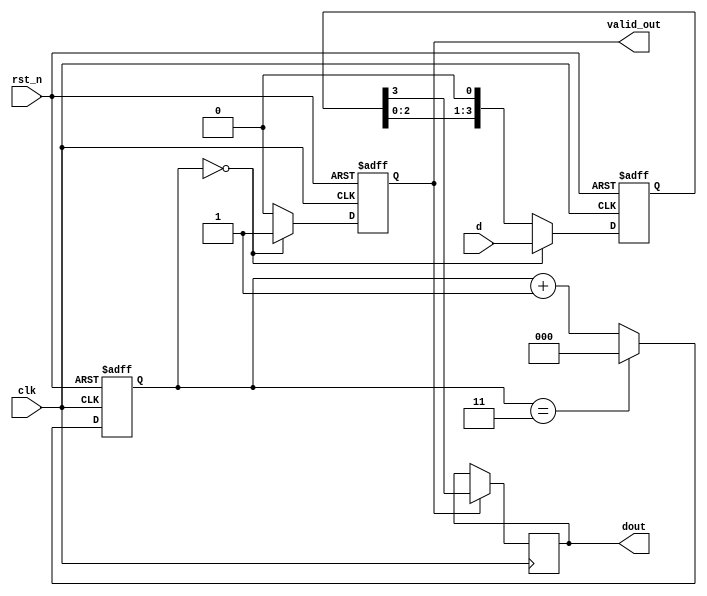
module parallel2serial (
  input clk,
  input rst_n,
  input [3:0] d,
  output reg valid_out,
  output reg dout
);
  reg [2:0] cnt;
  reg [3:0] data;
  
  always @(posedge clk or negedge rst_n) begin
    if (~rst_n)
      cnt <= 3'b0;
    else if (cnt == 3'b11)
      cnt <= 3'b0;
    else
      cnt <= cnt + 1;
  end
  
  always @(posedge clk or negedge rst_n) begin
    if (~rst_n)
      data <= 4'b0;
    else if (cnt == 3'b0)
      data <= d;
    else
      data <= {data[2:0], 1'b0};
  end
  
  always @(posedge clk or negedge rst_n) begin
    if (~rst_n)
      valid_out <= 1'b0;
    else if (cnt == 3'b0)
      valid_out <= 1'b1;
    else
      valid_out <= 1'b0;
  end
  
  always @(posedge clk) begin
    if (valid_out)
      dout <= data[3];
  end
endmodule